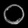
Digit: ၀